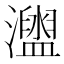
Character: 𤃗